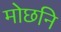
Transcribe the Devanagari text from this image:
मोछनि